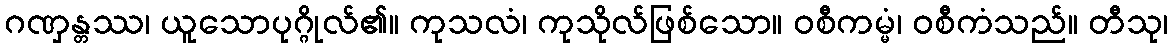
ဂဏှန္တဿ၊ ယူသောပုဂ္ဂိုလ်၏။ ကုသလံ၊ ကုသိုလ်ဖြစ်သော။ ဝစီကမ္မံ၊ ဝစီကံသည်။ တီသု၊